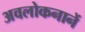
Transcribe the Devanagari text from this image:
अवलोकनानें